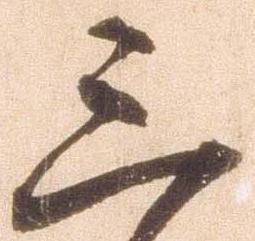
三